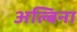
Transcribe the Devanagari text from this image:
अल्बिना